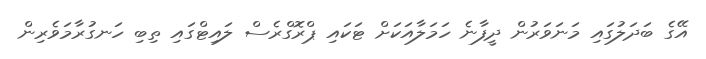
އޭގެ ބަދަލުގައި މަނަވަރުން ދީފާނެ ހަމަލާއަކަށް ޓަކައި ޕްރޮގްރެސް ލައިޓްގައި ތިބި ހަނގުރާމަވެރިން